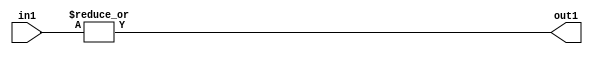
`timescale 1ps / 1ps
/*****************************************************************************
    Verilog RTL Description
    
    
    Created by: Stratus DpOpt 21.05.01 
*******************************************************************************/

module dut_OrReduction_6U_1U_1 (
	in1,
	out1
	); /* architecture "behavioural" */ 
input [5:0] in1;
output  out1;
wire  asc001;

assign asc001 = 
	(|in1);

assign out1 = asc001;
endmodule

/* CADENCE  urbwQgk= : u9/ySxbfrwZIxEzHVQQV8Q== ** DO NOT EDIT THIS LINE ******/